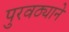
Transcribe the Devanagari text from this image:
पुरवठ्याने